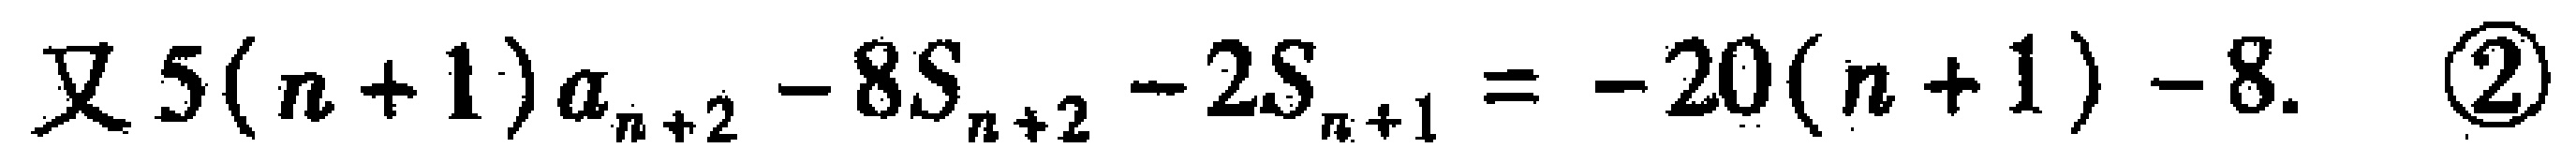
又 \(5(n + 1)a_{n + 2} - 8S_{n + 2} - 2S_{n + 1} = - 20(n + 1) - 8.\ \ \ \textcircled{2}\)